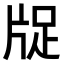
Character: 𤗁